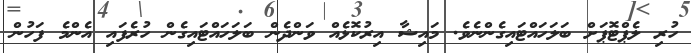
ހުރި ލެޕްޓޮޕަށް ބަލަހައްޓައިގެންނެވެ. މައިޝާ އިރުކޮޅެއް ވަންދެން ބަލަހައްޓައިގެން ހުރެފައި އެންމެ ފަހުން